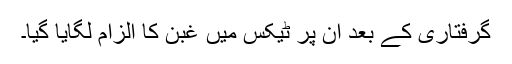
گرفتاری کے بعد اُن پر ٹيکس ميں غبن کا الزام لگايا گيا۔